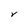
Character: V